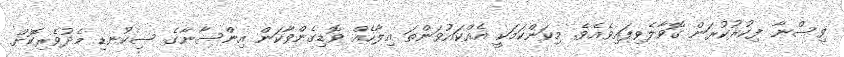
ވިސްނާ ފިކުރުކުރަން ގޮވާލެވިފައިވެއެވެ. މިކަންކަމަކީ އެއްކައުވަންތަ އިލާހެއް ވޮޑިގެންވާކަން އިންސާނާގެ ސިކުނޑި މެދުވެރިކޮށް